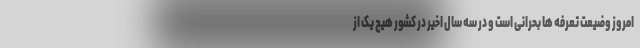
امروز وضیعت تعرفه ها بحرانی است و در سه سال اخیر در کشور هیچ یک از